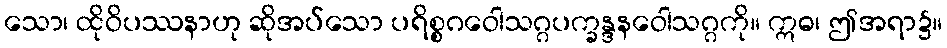
သော၊ ထိုဝိပဿနာဟု ဆိုအပ်သော ပရိစ္စဂဝေါသဂ္ဂပက္ခန္ဒနဝေါသဂ္ဂကို။ ဣဓ၊ ဤအရာ၌။